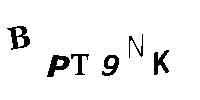
BPT9NK